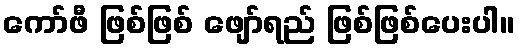
ကော်ဖီ ဖြစ်ဖြစ် ဖျော်ရည် ဖြစ်ဖြစ်ပေးပါ။